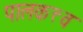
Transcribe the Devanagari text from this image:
पालकत्त्व